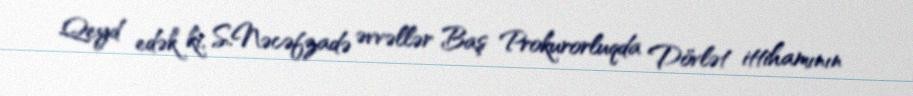
Qeyd edək ki, S.Nəcəfzadə əvvəllər Baş Prokurorluqda Dövlət ittihamının